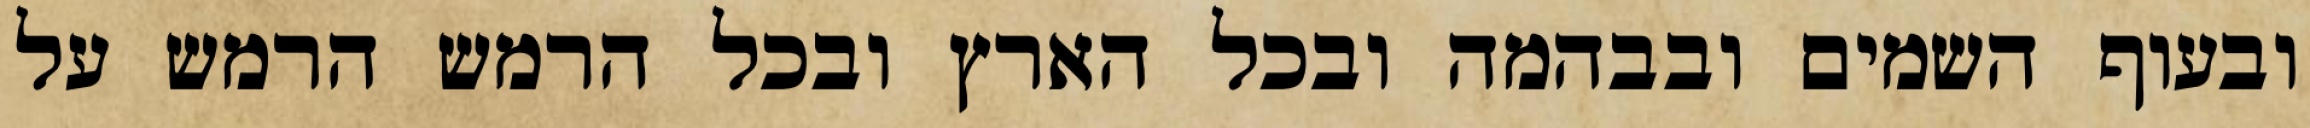
ובעוף השמים ובבהמה ובכל הארץ ובכל הרמש הרמש על